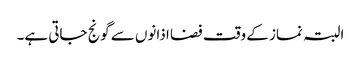
البتہ نماز کے وقت فضا اذانوں سے گونج جاتی ہے۔